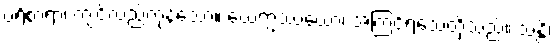
ပရိစာရာ၊ ကျင်လည်ကုန်သော။ ယေဣဿယော၊ အကြင်ရသေ့တို့သည်။ သန္တိ၊